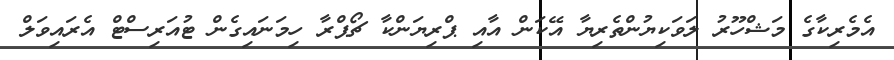
އެމެރިކާގެ މަޝްހޫރު ލަވަކިޔުންތެރިޔާ އޭކަން އާއި ޕްރިޔަންކާ ޗޯޕްރާ ހިމަނައިގެން ޓުއަރިސްޓް އެރައިވަލް